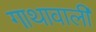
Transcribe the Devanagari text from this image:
गाथावाली